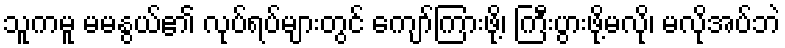
သူကမူ မမနွယ်၏ လုပ်ရပ်များတွင် ကျော်ကြားဖို့၊ ကြီးပွားဖို့မလို၊ မလိုအပ်ဘဲ